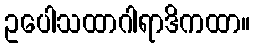
ဥပေါသထာဂါရာဒိကထာ။